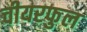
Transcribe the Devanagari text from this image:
चीयरफुल